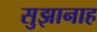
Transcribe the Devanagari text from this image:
सुझानाह